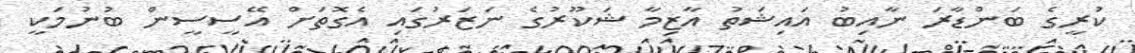
ކުރީގެ ބަންޑާރަ ނާއިބު އައިޝަތު އާޒިމާ ޝަކޫރުގެ ނަޒަރުގައި އެގޮތަށް އޭސީސީން ބުނުމަކީ